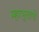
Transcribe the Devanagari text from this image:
म्हाभूताचे